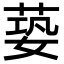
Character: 蒆